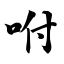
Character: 咐